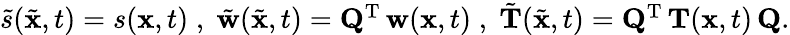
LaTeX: \begin{array}{r}{\tilde{s}(\tilde{{\mathbf x}},t)=s({\mathbf x},t)\; ,\; \tilde{{\mathbf w}}(\tilde{{\mathbf x}},t)={\mathbf Q}^{{\mathrm T}}\, {\mathbf w}({\mathbf x},t)\; ,\; \tilde{{\mathbf T}}(\tilde{{\mathbf x}},t)={\mathbf Q}^{{\mathrm T}}\, {\mathbf T}({\mathbf x},t)\, {\mathbf Q}.}\end{array}